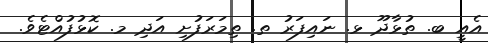
އެއީ ބ. ތުޅާދޫ ޅ. ނައިފަރު ތ. ތިމަރަފުށި އަދި މ. ކޮޅުފުއްޓެވެ.